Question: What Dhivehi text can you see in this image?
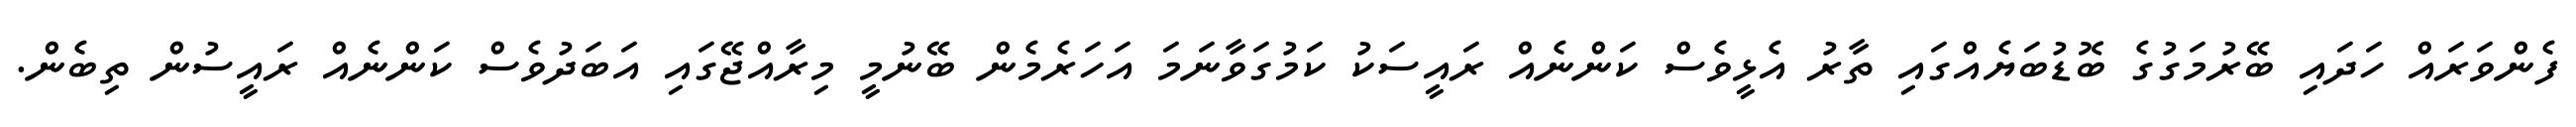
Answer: ފެންވަރައް ހަދައި ބޭރުމަގުގެ ބޮޑުބަޔެއްގައި ތާރު އެޅީވެސް ކަންނެއް ރައީސަކު ކަމުގަވާނަމަ އަހަރެމެން ބޭނުމީ މިރާއްޖޭގައި އަބަދުވެސް ކަންނެއް ރައީސުން ތިބެން.